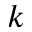
k